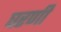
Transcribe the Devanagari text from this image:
घरणी